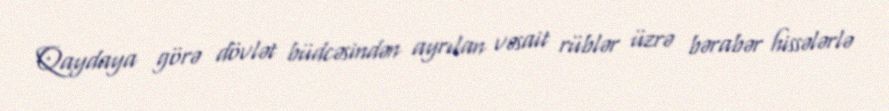
Qaydaya görə dövlət büdcəsindən ayrılan vəsait rüblər üzrə bərabər hissələrlə